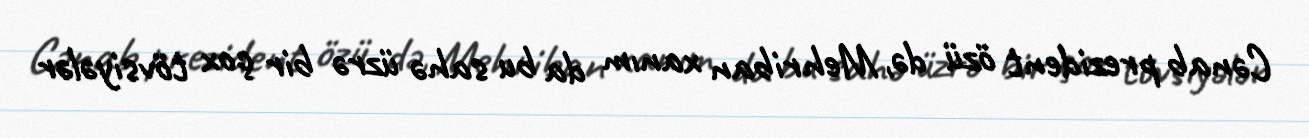
Cənab prezident özü də, Mehriban xanım da bu sahə üzrə bir çox tövsiyələr